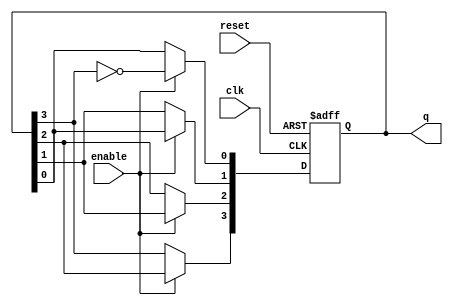
module modified_johnson_counter (
    input wire clk,          // Clock input
    input wire reset,        // Asynchronous reset
    input wire enable,       // Enable signal
    output reg [3:0] q       // 4-bit output
);

// State transition logic
always @(posedge clk or posedge reset) begin
    if (reset) begin
        q <= 4'b0000;       // Initialize counter to 0000 on reset
    end else if (enable) begin
        // Modified Johnson Counter logic
        q[0] <= ~q[3];      // Invert the last flip-flop output and feed it to the first
        q[1] <= q[0];       // Shift the state to the right
        q[2] <= q[1];       // Shift the state to the right
        q[3] <= q[2];       // Shift the state to the right
    end
end

endmodule